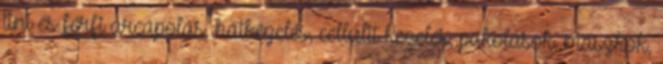
tini és férfi arcápolás, hátkezelés, cellulit kezelés, pakolások, maszkok,